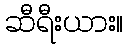
ဆီရီးယား။